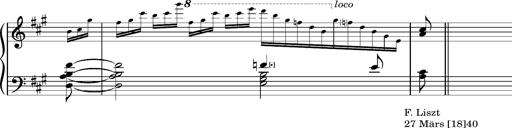
Title: Album-Leaf 'Dresen'
Composer: Franz Liszt
Key: A major